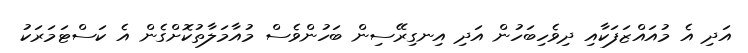
އަދި އެ މުއައްޒަފަކާއި ދިވެހިބަހުން އަދި އިނގިރޭސިން ބަހުންވެސް މުއާމަލާތުކޮށްގެން އެ ކަސްޓަމަރަކު